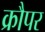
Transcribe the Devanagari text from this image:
क्रौपर